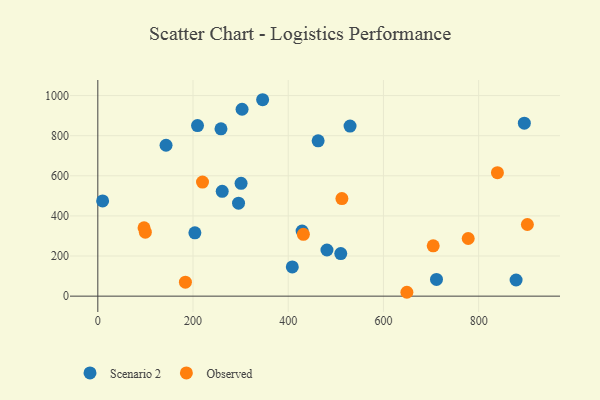
{"axis": {"x": "Investment", "y": "Demand"}, "legend": ["Observed", "Scenario 2"], "data": [{"x": "300.9", "y": 562.7, "type": "Scenario 2"}, {"x": "203.9", "y": 315.9, "type": "Scenario 2"}, {"x": "895.9", "y": 862.5, "type": "Scenario 2"}, {"x": "462.8", "y": 774.5, "type": "Scenario 2"}, {"x": "295.6", "y": 463.5, "type": "Scenario 2"}, {"x": "209.4", "y": 850.4, "type": "Scenario 2"}, {"x": "303.0", "y": 931.7, "type": "Scenario 2"}, {"x": "429.1", "y": 324.8, "type": "Scenario 2"}, {"x": "481.3", "y": 230.0, "type": "Scenario 2"}, {"x": "711.4", "y": 83.5, "type": "Scenario 2"}, {"x": "346.2", "y": 979.3, "type": "Scenario 2"}, {"x": "878.6", "y": 80.6, "type": "Scenario 2"}, {"x": "143.3", "y": 752.3, "type": "Scenario 2"}, {"x": "258.7", "y": 834.2, "type": "Scenario 2"}, {"x": "408.5", "y": 145.7, "type": "Scenario 2"}, {"x": "529.8", "y": 848.0, "type": "Scenario 2"}, {"x": "10.1", "y": 474.8, "type": "Scenario 2"}, {"x": "510.3", "y": 212.4, "type": "Scenario 2"}, {"x": "261.3", "y": 522.4, "type": "Scenario 2"}, {"x": "704.5", "y": 250.7, "type": "Observed"}, {"x": "97.1", "y": 340.7, "type": "Observed"}, {"x": "839.4", "y": 615.8, "type": "Observed"}, {"x": "431.8", "y": 308.0, "type": "Observed"}, {"x": "99.8", "y": 318.8, "type": "Observed"}, {"x": "219.9", "y": 568.8, "type": "Observed"}, {"x": "649.2", "y": 19.3, "type": "Observed"}, {"x": "778.0", "y": 287.4, "type": "Observed"}, {"x": "902.3", "y": 357.1, "type": "Observed"}, {"x": "184.0", "y": 69.9, "type": "Observed"}, {"x": "512.7", "y": 486.7, "type": "Observed"}]}